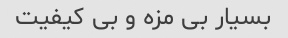
بسیار بی مزه و بی کیفیت